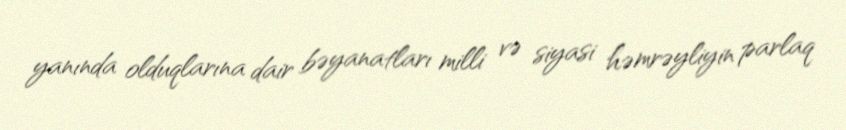
yanında olduqlarına dair bəyanatları milli və siyasi həmrəyliyin parlaq